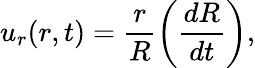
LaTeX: u_{r}(r,t)=\frac{r}{R}\left(\frac{dR}{dt}\right),